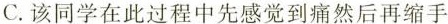
C.该同学在此过程中先感觉到痛然后再缩手